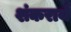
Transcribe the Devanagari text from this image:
शंकरार्य